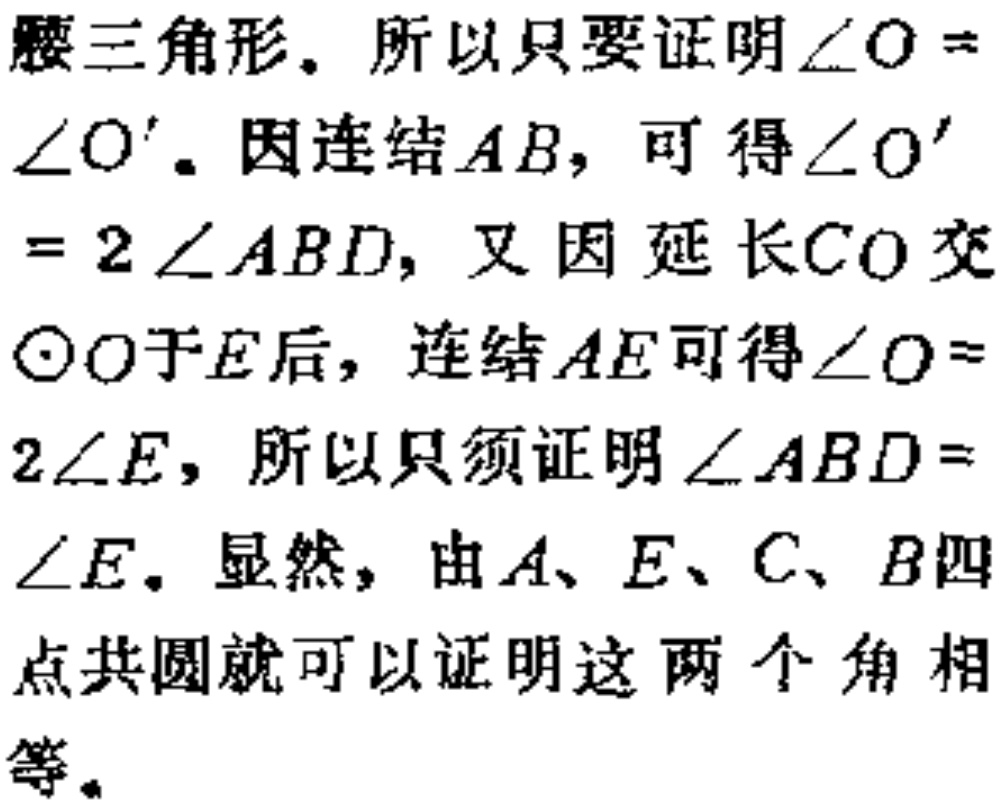
腰三角形. 所以只要证明$\angle O = \angle O^{\prime}$. 因连结$AB$, 可得$\angle O^{\prime}=2\angle ABD$, 又因延长$CO$交$\odot O$于$E$后, 连结$AE$可得$\angle O = 2\angle E$, 所以只须证明$\angle ABD=\angle E$. 显然, 由$A、E、C、B$四点共圆就可以证明这两个角相等.